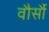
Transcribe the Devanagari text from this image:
वौर्सौ